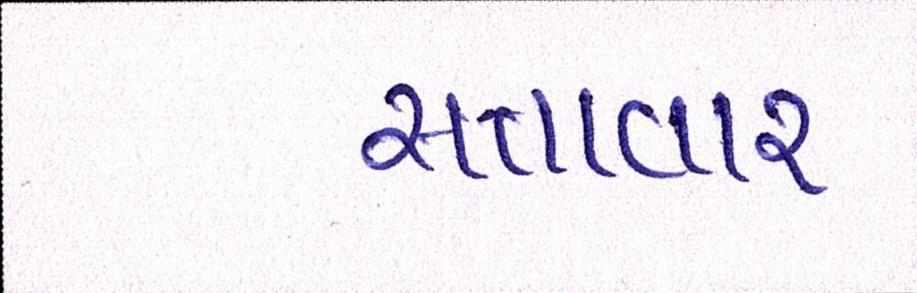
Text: સત્તાવાર